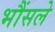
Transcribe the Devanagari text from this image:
भौंसले